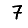
Digit: 7